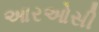
આરઓસી